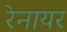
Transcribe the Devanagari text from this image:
रेनायर